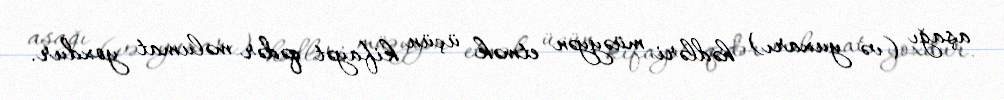
aşağı (və yuxarı) hədləri müəyyən etmək üçün kifayət qədər məlumat yoxdur.